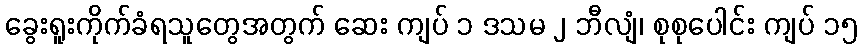
ခွေးရူးကိုက်ခံရသူတွေအတွက် ဆေး ကျပ် ၁ ဒသမ ၂ ဘီလျံ၊ စုစုပေါင်း ကျပ် ၁၅